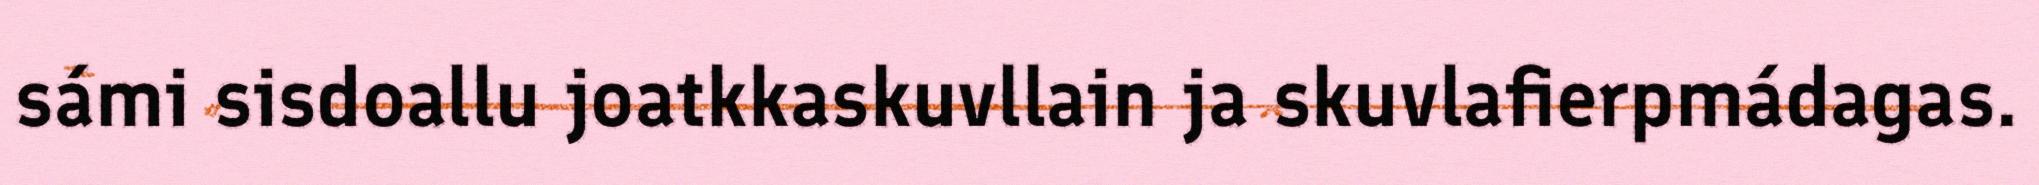
sámi sisdoallu joatkkaskuvllain ja skuvlafierpmádagas.